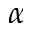
\alpha